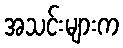
အသင်းများက